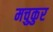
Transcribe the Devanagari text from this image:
मचुकुर